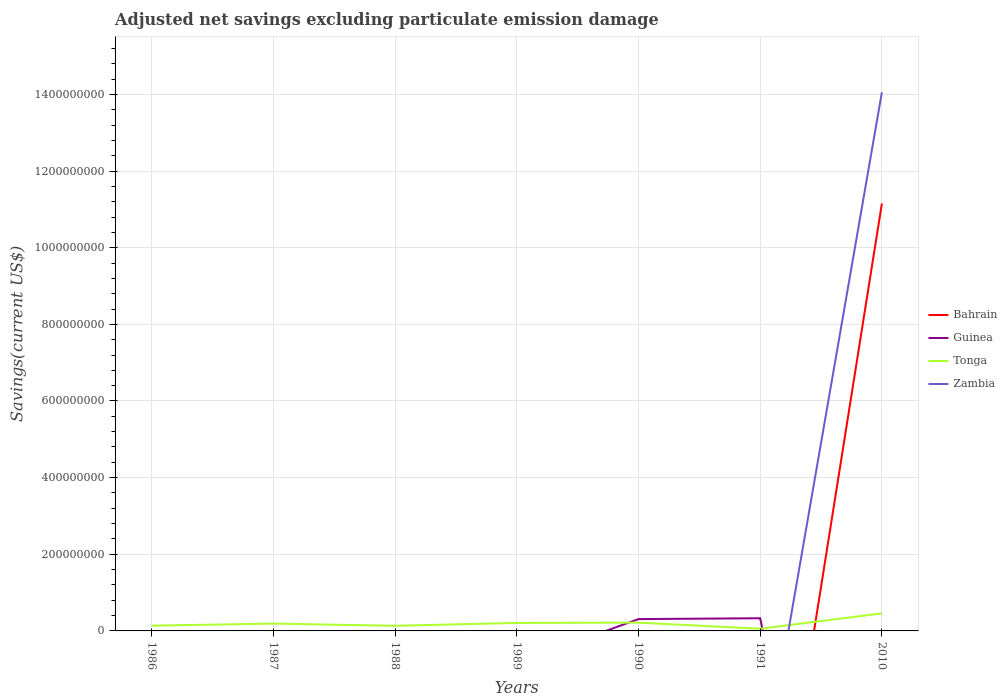
| Years | Bahrain | Guinea | Tonga | Zambia |
 | --- | --- | --- | --- | --- |
 | 1986 | -4.06e+08 | -1.66e+08 | 1.37e+07 | -2.06e+08 |
 | 1987 | -5.29e+08 | -1.18e+08 | 1.92e+07 | -3.9e+08 |
 | 1988 | -1.25e+08 | -1.39e+08 | 1.33e+07 | -4.42e+08 |
 | 1989 | -6.5e+08 | -8.43e+07 | 2.09e+07 | -1.03e+09 |
 | 1990 | -1.19e+09 | 3.09e+07 | 2.17e+07 | -1.69e+07 |
 | 1991 | -8.85e+08 | 3.3e+07 | 5.7e+06 | -4.25e+08 |
 | 2010 | 1.12e+09 | -1.5e+09 | 4.58e+07 | 1.41e+09 |